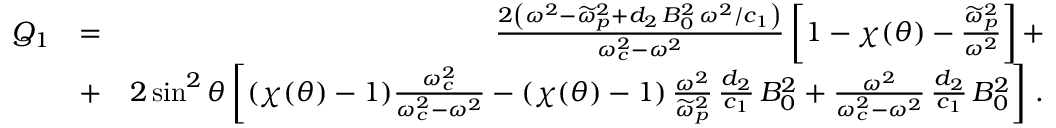
\begin{array} { r l r } { Q _ { 1 } } & { = } & { \frac { 2 \left( \omega ^ { 2 } - \widetilde { \omega } _ { p } ^ { 2 } + d _ { 2 } \, B _ { 0 } ^ { 2 } \, \omega ^ { 2 } / c _ { 1 } \right) } { \omega _ { c } ^ { 2 } - \omega ^ { 2 } } \left[ 1 - \chi ( \theta ) - \frac { \widetilde { \omega } _ { p } ^ { 2 } } { \omega ^ { 2 } } \right] + } \\ & { + } & { 2 \sin ^ { 2 } \theta \left[ ( \chi ( \theta ) - 1 ) \frac { \omega _ { c } ^ { 2 } } { \omega _ { c } ^ { 2 } - \omega ^ { 2 } } - ( \chi ( \theta ) - 1 ) \, \frac { \omega ^ { 2 } } { \widetilde { \omega } _ { p } ^ { 2 } } \, \frac { d _ { 2 } } { c _ { 1 } } \, B _ { 0 } ^ { 2 } + \frac { \omega ^ { 2 } } { \omega _ { c } ^ { 2 } - \omega ^ { 2 } } \, \frac { d _ { 2 } } { c _ { 1 } } \, B _ { 0 } ^ { 2 } \right] \, . } \end{array}